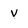
Character: v